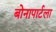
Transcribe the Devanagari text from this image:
बोनापार्टला